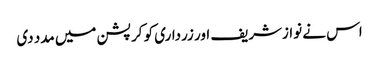
اس نے نوازشریف اور زرداری کو کرپشن میں مدد دی